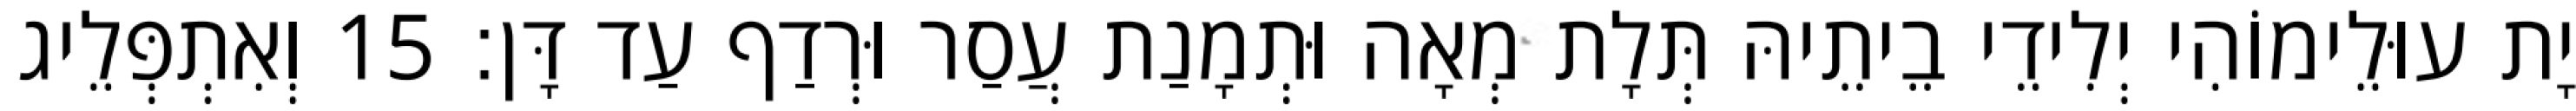
יָת עוּלֵימוֹהִי יְלִידֵי בֵיתֵיהּ תְּלָת מְאָה וּתְמָנַת עֲסַר וּרְדַף עַד דָּן׃ 15 וְאִתְפְּלֵיג